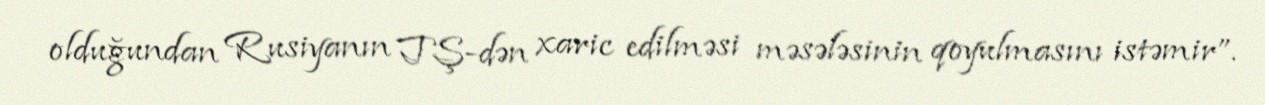
olduğundan Rusiyanın TŞ-dən xaric edilməsi məsələsinin qoyulmasını istəmir”.